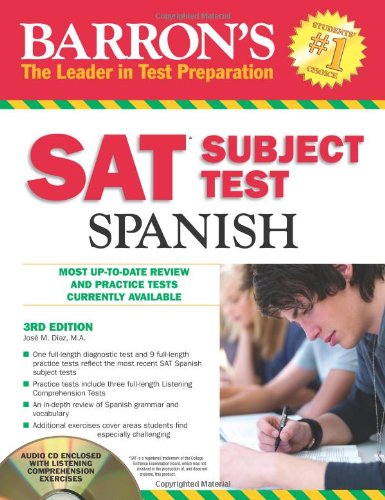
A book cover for Barron's SAT Subject Test: Spanish with Audio CDs, 3rd Edition; Jose M. Diaz M.A.; Test Preparation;